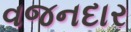
વજનદાર